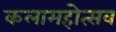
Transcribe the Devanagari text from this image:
कलामहोत्सव